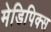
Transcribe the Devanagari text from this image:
मेडिपिक्स